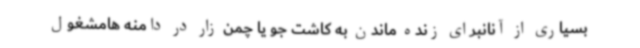
بسیاری از آنانبرای زنده ماندن به کاشت جو یا چمن زار در دامنه هامشغول